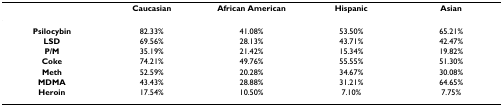
|  | Caucasian | African American | Hispanic | Asian |
 | --- | --- | --- | --- | --- |
 | Psilocybin | 82.33% | 41.08% | 53.50% | 65.21% |
 | LSD | 69.56% | 28.13% | 43.71% | 42.47% |
 | P/M | 35.19% | 21.42% | 15.34% | 19.82% |
 | Coke | 74.21% | 49.76% | 55.55% | 51.30% |
 | Meth | 52.59% | 20.28% | 34.67% | 30.08% |
 | MDMA | 43.43% | 28.88% | 31.21% | 64.65% |
 | Heroin | 17.54% | 10.50% | 7.10% | 7.75% |